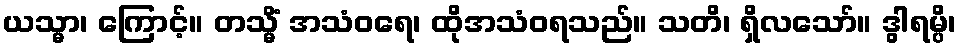
ယသ္မာ၊ ကြောင့်။ တသ္မိံ အသံဝရေ၊ ထိုအသံဝရသည်။ သတိ၊ ရှိလသော်။ ဒွါရမ္ပိ၊